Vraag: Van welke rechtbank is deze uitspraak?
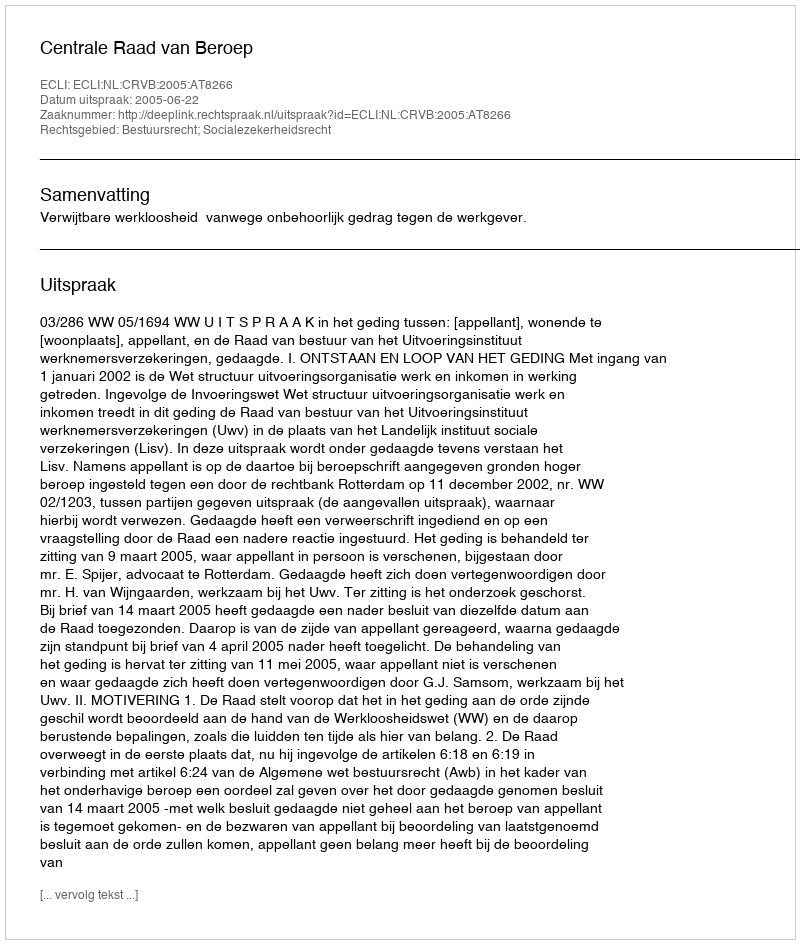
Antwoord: Centrale Raad van Beroep